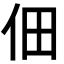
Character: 佃